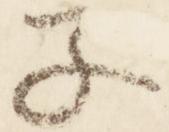
子